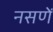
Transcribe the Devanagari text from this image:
नसणें